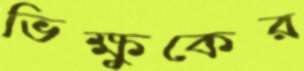
ভিক্ষুকের